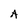
Character: A